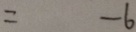
= - 6